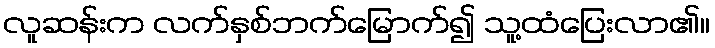
လူဆန်းက လက်နှစ်ဘက်မြောက်၍ သူ့ထံပြေးလာ၏။